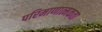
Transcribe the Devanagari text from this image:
परिमाणात्मकता